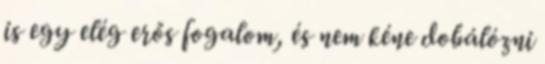
is egy elég erős fogalom, és nem kéne dobálózni